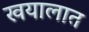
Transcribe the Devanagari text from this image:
खयालात